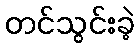
တင်သွင်းခဲ့